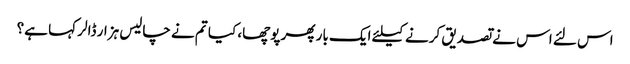
اس لئے اس نے تصدیق کرنے کیلئے ایک بار پھر پوچھا، کیا تم نے چالیس ہزار ڈالر کہا ہے؟